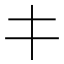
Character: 𰀁